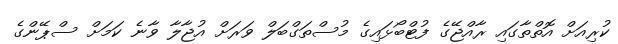
ކުރިއަށް އޮތްތާގައި ރާއްޖޭގެ ފުޓްބޯޅައިގެ މުސްތަގްބަލް ވަރަށް އުޖާލާ ވާނެ ކަމަށް ސްޕޭންގެ